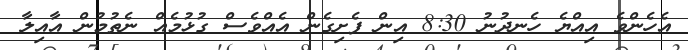
އެހެންވެ އިއްޔެ ހެނދުނު 8:30 އިން ފެށިގެން އެއްވެސް ގުޅުމެއް ނެތުމުން އާއިލާ